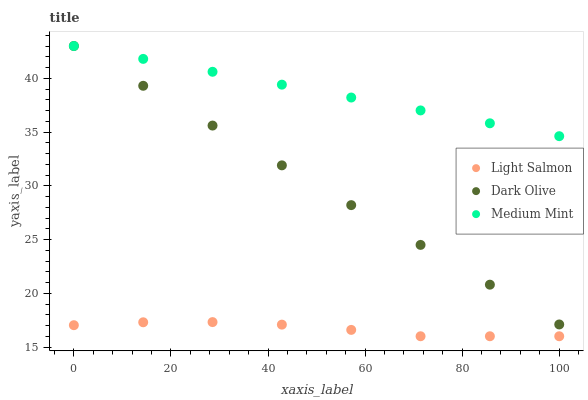
| xaxis_label | Light Salmon | Dark Olive | Medium Mint |
 | --- | --- | --- | --- |
 | 0 | 17 | 43 | 43 |
 | 14.3 | 17.3 | 39.3 | 41.8 |
 | 28.6 | 17.3 | 35.6 | 40.6 |
 | 42.9 | 17.1 | 31.9 | 39.4 |
 | 57.1 | 16.6 | 28.2 | 38.2 |
 | 71.4 | 16 | 24.5 | 37 |
 | 85.7 | 16 | 20.8 | 35.8 |
 | 100 | 16 | 17.1 | 34.6 |